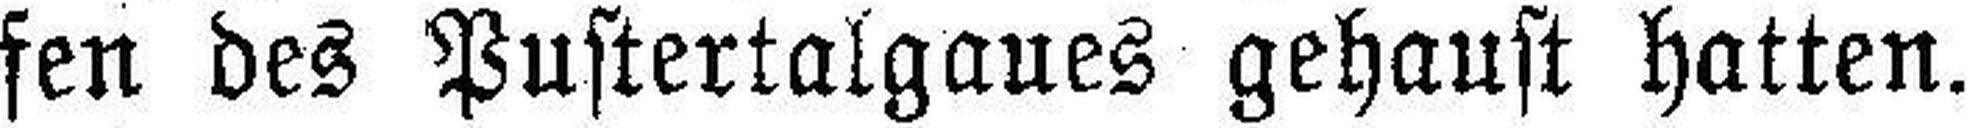
fen des Pustertalgaues gehaust hatten.